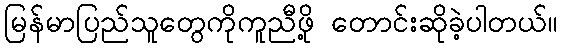
မြန်မာပြည်သူတွေကိုကူညီဖို့ တောင်းဆိုခဲ့ပါတယ်။